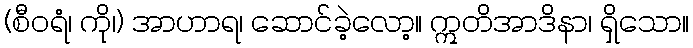
(စီဝရံ၊ ကို၊) အာဟာရ၊ ဆောင်ခဲ့လော့။ ဣတိအာဒိနာ၊ ရှိသော။